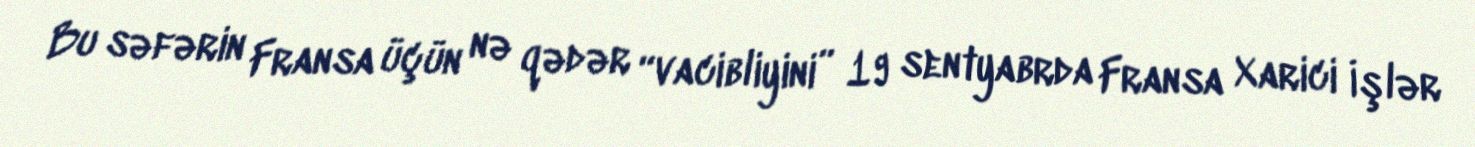
Bu səfərin Fransa üçün nə qədər “vacibliyini” 19 sentyabrda Fransa Xarici İşlər